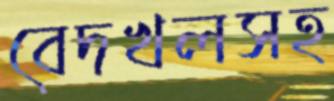
বেদখলসহ